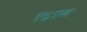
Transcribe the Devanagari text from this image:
ए६एम